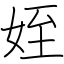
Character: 姪